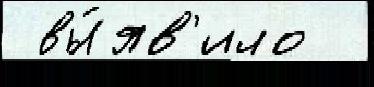
 вы́яв'ило